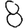
Digit: 8